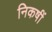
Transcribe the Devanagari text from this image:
निकषीं